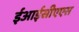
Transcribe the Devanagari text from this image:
ईआईसीएएस